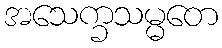
အသေက္ခသမ္မတေ